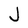
Character: J